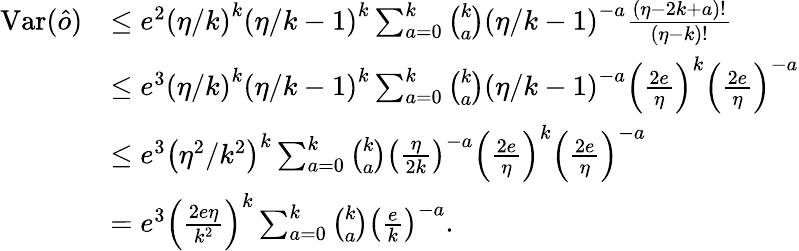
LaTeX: \begin{array}{rl}{\mathrm{Var}(\hat{o})}&{\leq e^{2}\left(\eta/k\right)^{k}\left(\eta/k-1\right)^{k}\sum_{a=0}^{k}\binom{k}{a}\left(\eta/k-1\right)^{-a}\frac{\left(\eta-2k+a\right)!}{\left(\eta-k\right)!}}\\ &{\leq e^{3}\left(\eta/k\right)^{k}\left(\eta/k-1\right)^{k}\sum_{a=0}^{k}\binom{k}{a}\left(\eta/k-1\right)^{-a}\left(\frac{2e}{\eta}\right)^{k}\left(\frac{2e}{\eta}\right)^{-a}}\\ &{\leq e^{3}\left(\eta^{2}/k^{2}\right)^{k}\sum_{a=0}^{k}\binom{k}{a}\left(\frac{\eta}{2k}\right)^{-a}\left(\frac{2e}{\eta}\right)^{k}\left(\frac{2e}{\eta}\right)^{-a}}\\ &{=e^{3}\left(\frac{2e\eta}{k^{2}}\right)^{k}\sum_{a=0}^{k}\binom{k}{a}\left(\frac{e}{k}\right)^{-a}.}\end{array}